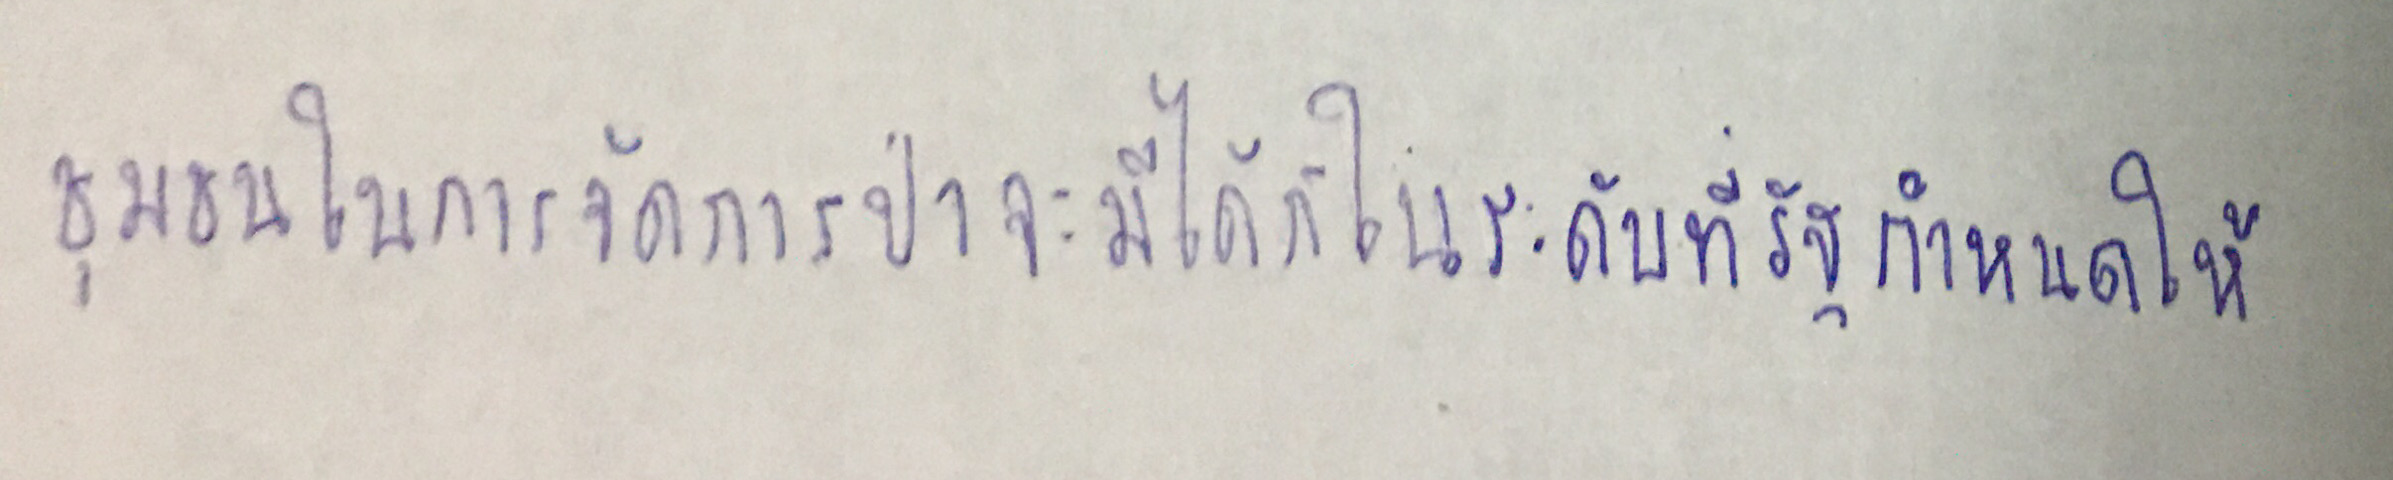
ชุมชนในการจัดการป่าจะมีได้ก็ในระดับที่รัฐกำหนดให้